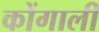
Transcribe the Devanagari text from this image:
कोंगाली